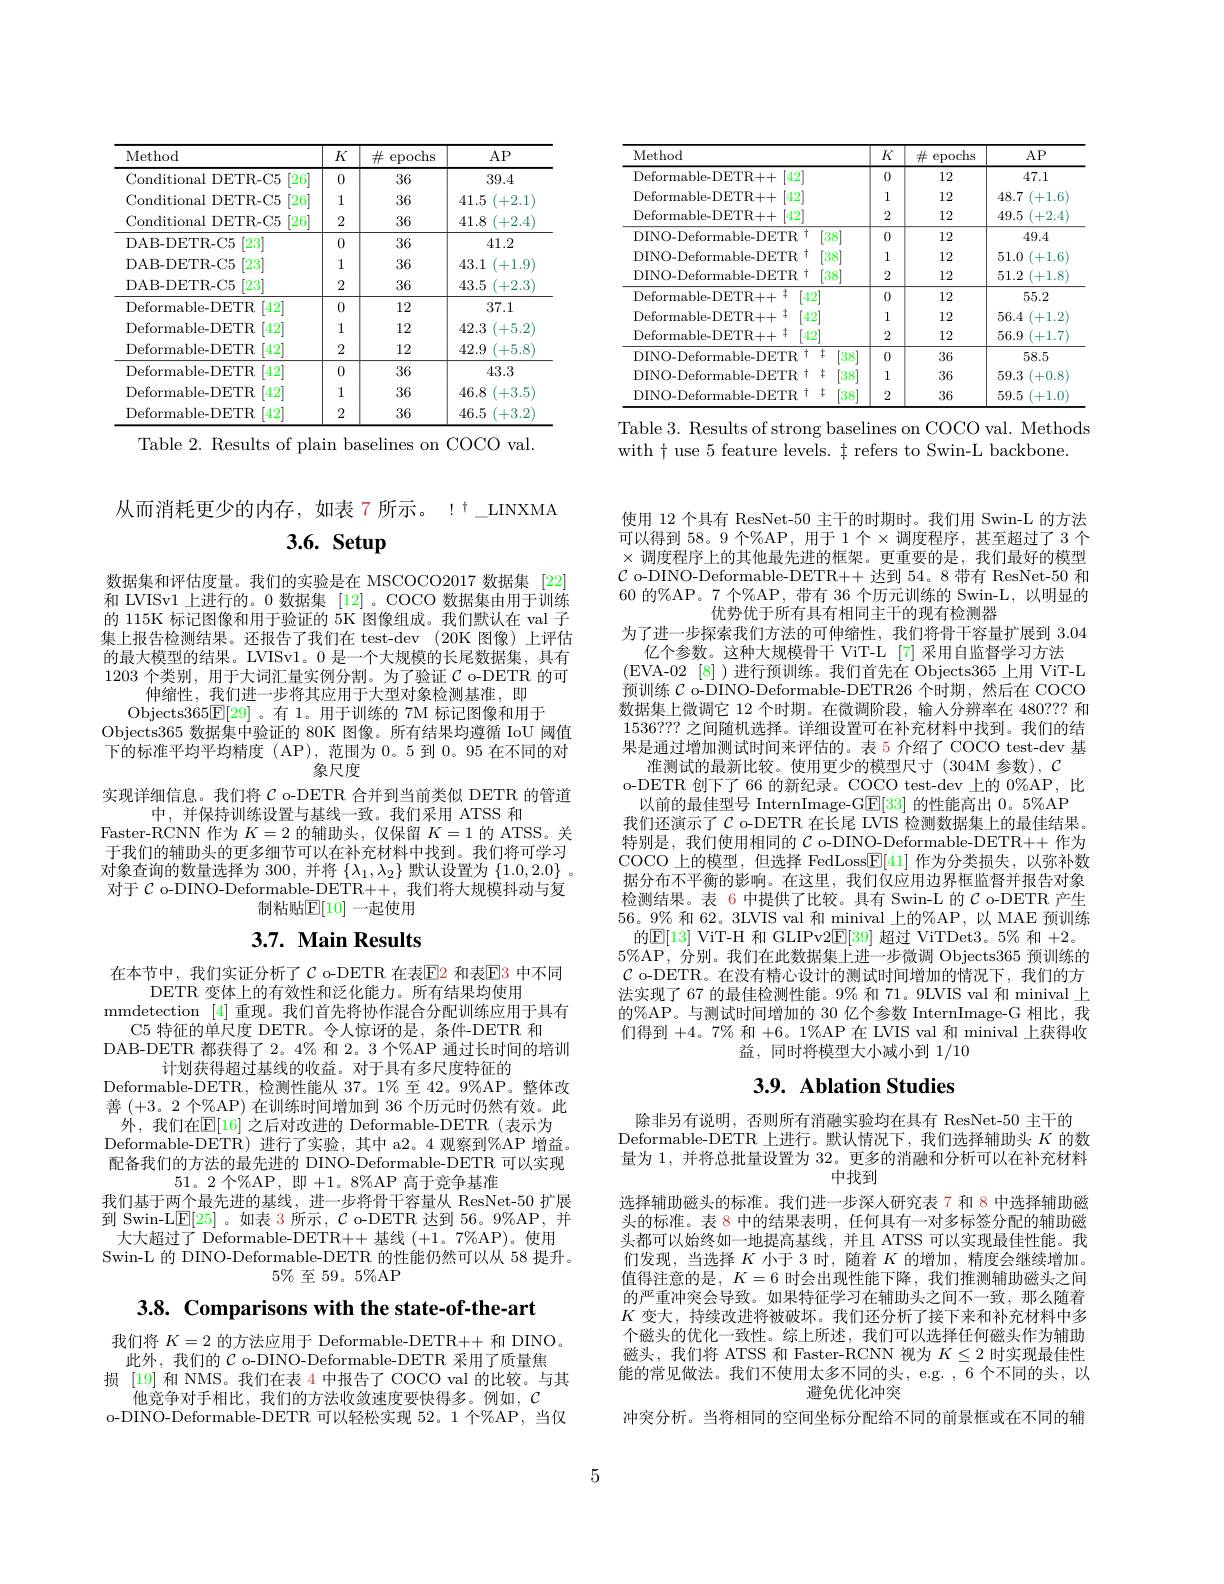
<table>
	<tbody>
		<tr>
			<th>Method</th>
			<th>$K$</th>
			<th>$\#$ epochs</th>
			<th>$AP$</th>
		</tr>
		<tr>
			<td>Conditional DETR-C5 [26]</td>
			<td>0</td>
			<td>36</td>
			<td>39.4</td>
		</tr>
		<tr>
			<td>Conditional DETR-C5 $\left\lceil26\right\rceil$</td>
			<td>1</td>
			<td>36</td>
			<td>41.5 +2.1</td>
		</tr>
		<tr>
			<td>Conditional DETR-C5 $\left\lceil26\right\rceil$</td>
			<td>2</td>
			<td>36</td>
			<td>41.8 +2.4</td>
		</tr>
		<tr>
			<td>DAB- DETR- C5 $\left\lceil23\right\rceil$</td>
			<td>0</td>
			<td>36</td>
			<td>41.2</td>
		</tr>
		<tr>
			<td>DAB- DETR- C5 $\left\lceil23\right\rceil$</td>
			<td>1</td>
			<td>36</td>
			<td>43.1 +1.9</td>
		</tr>
		<tr>
			<td>DAB- DETR- C5 [23]</td>
			<td>2</td>
			<td>36</td>
			<td>43.5 $^{\prime}+2.3$</td>
		</tr>
		<tr>
			<td>Deformable- DETR [42]</td>
			<td>0</td>
			<td>12</td>
			<td>37.1</td>
		</tr>
		<tr>
			<td>Deformable- DETR [42]</td>
			<td>1</td>
			<td>12</td>
			<td>42.3 +5.2</td>
		</tr>
		<tr>
			<td>Deformable- DETR [42]</td>
			<td>2</td>
			<td>12</td>
			<td>42.9 (+5.8</td>
		</tr>
		<tr>
			<td>Deformable- DETR [42]</td>
			<td>0</td>
			<td>36</td>
			<td>43.3</td>
		</tr>
		<tr>
			<td>Deformable- DETR [42]</td>
			<td>1</td>
			<td>36</td>
			<td>46.8 $^{\prime}+3.5$</td>
		</tr>
		<tr>
			<td>Deformable-DETR [42]</td>
			<td>2</td>
			<td>36</td>
			<td>46.5 +3.2</td>
		</tr>
	</tbody>
</table>
Table 2. Results of plain baselines on COCO val.

<table>
	<tbody>
		<tr>
			<th>Method</th>
			<th>$K$</th>
			<th>$\#$ epochs</th>
			<th>$AP$</th>
		</tr>
		<tr>
			<td>Deformable- DETR+ + $\left|42\right|$</td>
			<td>0</td>
			<td>12</td>
			<td>47.1</td>
		</tr>
		<tr>
			<td>Deformable- DETR+ + [42]</td>
			<td>1</td>
			<td>12</td>
			<td>48.7 +1.6</td>
		</tr>
		<tr>
			<td>Deformable- DETR+ + $\left|42\right|$</td>
			<td>2</td>
			<td>12</td>
			<td>49.5 +2.4</td>
		</tr>
		<tr>
			<td>DINO-Deformable-DETR 1 [38]</td>
			<td>0</td>
			<td>12</td>
			<td>49.4</td>
		</tr>
		<tr>
			<td>DINO- Deformable- DETR [38]</td>
			<td>1</td>
			<td>12</td>
			<td>51.0 +1.6</td>
		</tr>
		<tr>
			<td>[38] DINO-Deformable-DETR t</td>
			<td>2</td>
			<td>12</td>
			<td>51.2 (+1.8</td>
		</tr>
		<tr>
			<td>$\mathrm{Deformable-DETR++}^{\pm}$ $\left[42\right]$</td>
			<td>0</td>
			<td>12</td>
			<td>55.2</td>
		</tr>
		<tr>
			<td>Deformable- DETR+ + [42]</td>
			<td>1</td>
			<td>12</td>
			<td>56.4 +1.2</td>
		</tr>
		<tr>
			<td>[42] Deformable- DETR+ + </td>
			<td>2</td>
			<td>12</td>
			<td>56.9 (+1.7</td>
		</tr>
		<tr>
			<td>DINO-Deformable-DETR + + [38]</td>
			<td>0</td>
			<td>36</td>
			<td>58.5</td>
		</tr>
		<tr>
			<td>[38] DINO-Deformable-DETR+4</td>
			<td>1</td>
			<td>36</td>
			<td>59.3 (+0.8</td>
		</tr>
		<tr>
			<td>DINO-Deformable-DETR 3+ [38]</td>
			<td>2</td>
			<td>36</td>
			<td>59.5 +1.0</td>
		</tr>
	</tbody>
</table>

Table 3. Results of strong baselines on COCO val. Methods
with $\dagger$ use 5 feature levels. $\dagger$ refers to Swin-L backbone.

从而消耗更少的内存，如表 7 所示。!$^\dagger\_$LINXMA
3.6. Setup

数据集和评估度量。我们的实验是在 MSCOCO2017 数据集 [22] 和 LVISv1 上进行的。0 数据集 [12]。COCO 数据集由用于训练的 115K 标记图像和用于验证的 5K 图像组成。我们默认在 val 子集上报告检测结果。还报告了我们在 test-dev (20K 图像)上评估的最大模型的结果。LVISv1。0 是一个大规模的长尾数据集，具有1203 个类别，用于大词汇量实例分割。为了验证$\mathcal{C}$ o-DETR 的可
伸缩性，我们进一步将其应用于大型对象检测基准，即
Objects365$\mathbb{E}[29]$ 。有 1。用于训练的 7M 标记图像和用于
Objects365 数据集中验证的 80K 图像。所有结果均遵循 IoU 阈值下的标准平均平均精度(AP),范围为0。5 到0。95 在不同的对
象尺度
实现详细信息。我们将$\mathcal{C}$ o-DETR 合并到当前类似 DETR 的管道
中，并保持训练设置与基线一致。我们采用 ATSS 和
Faster-RCNN 作为$K=2$的辅助头，仅保留$K=1$的 ATSS。关于我们的辅助头的更多细节可以在补充材料中找到。我们将可学习对象查询的数量选择为 300, 并将$\{\lambda_1,\lambda_2\}$默认设置为$\{1.0,2.0\}$ 。对干 C o-DINO-Deformable-DETR++.我们将大规模抖动与复
制粘贴$\mathbb{E}[10]$ 一起使用

# 3.7. Main Results

在本节中，我们实证分析了$\mathcal{C}$ o-DETR 在表$\color{red}{\boxed{\mathrm{E}}}$2 和表$\color{red}{\boxed{\mathrm{E}}}$3 中不同
DETR 变体上的有效性和泛化能力。所有结果均使用
mmdetection [4] 重现。我们首先将协作混合分配训练应用于具有
C5 特征的单尺度 DETR。令人惊讶的是，条件-DETR 和
DAB-DETR 都获得了 2。4% 和 2。3 个%AP 通过长时间的培训
计划获得超过基线的收益。对于具有多尺度特征的
Deformable-DETR, 检测性能从 37。1% 至 42。9%AP。整体改善(+3。2 个%AP) 在训练时间增加到 36 个历元时仍然有效。此外，我们在$\mathbb{E}[16]$ 之后对改进的 Deformable-DETR(表示为
Deformable-DETR) 进行了实验，其中 a2。4 观察到%AP 增益。配备我们的方法的最先进的 DINO-Deformable-DETR 可以实现
51。2 个%AP,即+1。8%AP 高于竞争基准
我们基于两个最先进的基线，进一步将骨干容量从 ResNet-50 扩展到 Swin-L$\underline{\mathrm{E}}[25]$ 。如表 3 所示，$\mathcal{C}$ o-DETR 达到 56。9%AP,并
大大超过了 Deformable-DETR++ 基线 (+1。7%AP)。使用Swin-L 的 DINO-Deformable-DETR 的性能仍然可以从 58 提升。
$5\%$至 59。5%AP

3.8. Comparisons with the state-of-the-art

我们将$K=2$的方法应用于 Deformable-DETR++ 和 DINO。此外，我们的$\mathcal{C}$ o-DINO-Deformable-DETR 采用了质量焦
损 [19]和 NMS。我们在表 4 中报告了 COCO val 的比较。与其
他竞争对手相比，我们的方法收敛速度要快得多。例如，$\mathcal{C}$
o-DINO-Deformable-DETR 可以轻松实现 52。1 个%AP, 当仅

使用 12 个具有 ResNet-50 主干的时期时。我们用 Swin-L 的方法可以得到 58。9 个%AP, 用于 1 个$\times$调度程序，甚至超过了 3 个$\times$调度程序上的其他最先进的框架。更重要的是，我们最好的模型$\mathcal{C}$ o-DINO-Deformable-DETR++ 达到 54。8 带有 ResNet-50 和60 的%AP。7 个%AP, 带有 36 个历元训练的 Swin-L, 以明显的
优势优于所有具有相同主干的现有检测器
为了进一步探索我们方法的可伸缩性，我们将骨干容量扩展到3.04
亿个参数。这种大规模骨干 ViT-L[7]采用自监督学习方法
(EVA-02 [8])进行预训练。我们首先在 Objects365 上用 ViT-L 预训练$\mathcal{C}$ o-DINO-Deformable-DETR26 个时期，然后在 COCO 数据集上微调它 12 个时期。在微调阶段，输人分辨率在 480??? 和1536???之间随机选择。详细设置可在补充材料中找到。我们的结果是通过增加测试时间来评估的。表 5 介绍了 COCO test-dev 基
准测试的最新比较。使用更少的模型尺寸(304M 参数), $\mathcal{C}$
o-DETR 创下了 66 的新纪录。COCO test-dev 上的 0%AP, 比
以前的最佳型号 InternImage-G$\underline{\mathrm{E}}[33]$的性能高出 0。5%AP 我们还演示了$C$ o-DETR 在长尾 LVIS 检测数据集上的最佳结果。特别是，我们使用相同的$\mathcal{C}$ o-DINO-Deformable-DETR++ 作为COCO 上的模型，但选择 FedLoss$\underline{\mathrm{E}}[41]$作为分类损失，以弥补数据分布不平衡的影响。在这里，我们仅应用边界框监督并报告对象检测结果。表 6 中提供了比较。具有 Swin-L 的$\mathcal{C}$ o-DETR 产生56。9% 和 62。3LVIS val 和 minival 上的%AP,以 MAE 预训练的$\boxed{\mathrm{E}}[13]$ ViT-H 和 GLIPv2$\boxed{\mathrm{E}}[39]$ 超过 ViTDet3。5% 和 +2。
$5\%$AP,分别。我们在此数据集上进一步微调 Objects365 预训练的$\mathcal{C}$ o-DETR。在没有精心设计的测试时间增加的情况下，我们的方法实现了 67 的最佳检测性能。9% 和 71。9LVIS val 和 minival 上的%AP。与测试时间增加的 30 亿个参数 InternImage-G 相比，我们得到+4。7% 和 +6。1%AP 在 LVIS val 和 minival 上获得收
益，同时将模型大小减小到1/10

# 3.9. Ablation Studies

除非另有说明，否则所有消融实验均在具有 ResNet-50 主干的
Deformable-DETR 上进行。默认情况下，我们选择辅助头$K$的数量为1，并将总批量设置为 32。更多的消融和分析可以在补充材料
中找到
选择辅助磁头的标准。我们进一步深人研究表 7 和 8 中选择辅助磁头的标准。表 8 中的结果表明，任何具有一对多标签分配的辅助磁头都可以始终如一地提高基线，并且 ATSS 可以实现最佳性能。我们发现，当选择$K$小于 3 时，随着$K$的增加，精度会继续增加。值得注意的是$,K=6$ 时会出现性能下降，我们推测辅助磁头之间的严重冲突会导致。如果特征学习在辅助头之间不一致，那么随着$K$变大，持续改进将被破坏。我们还分析了接下来和补充材料中多个磁头的优化一致性。综上所述，我们可以选择任何磁头作为辅助磁头，我们将 ATSS 和 Faster-RCNN 视为$K\leq2$时实现最佳性能的常见做法。我们不使用太多不同的头，e.g. 6个不同的头，以
避免优化冲突
冲突分析。当将相同的空间坐标分配给不同的前景框或在不同的辅

5